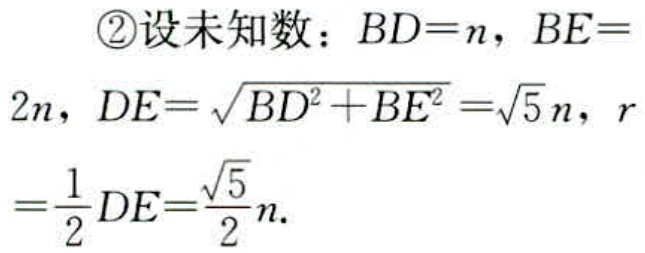
\textcircled{2}设未知数：\(BD = n\)，\(BE = 2n\)，\(DE=\sqrt{BD^{2}+BE^{2}}=\sqrt{5}n\)，\(r = \frac{1}{2}DE=\frac{\sqrt{5}}{2}n\).